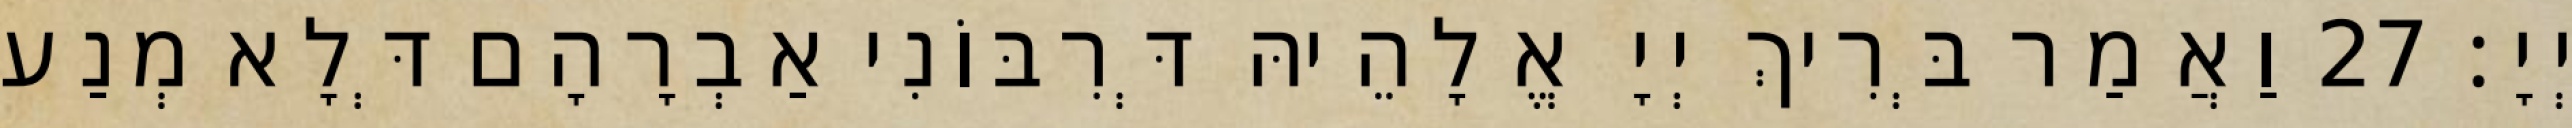
יְיָ׃ 27 וַאֲמַר בְּרִיךְ יְיָ אֱלָהֵיהּ דְּרִבּוֹנִי אַבְרָהָם דְּלָא מְנַע